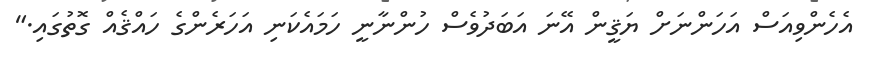
އެހެންވިއަސް އަހަންނަށް ޔަޤީން އޭނަ އަބަދުވެސް ހުންނާނީ ހަމައެކަނި އަހަރެންގެ ހައްޤެއް ގޮތުގައި."